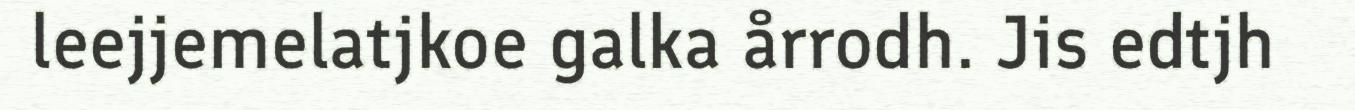
leejjemelatjkoe galka årrodh. Jis edtjh